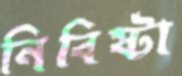
নিবিষ্টা